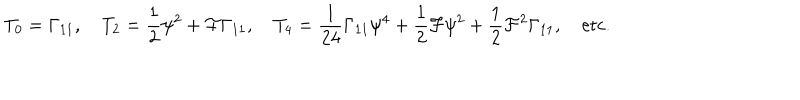
T _ { 0 } = \Gamma _ { 1 1 } , \quad T _ { 2 } = { \frac { 1 } { 2 } } \psi ^ { 2 } + { \cal F } \Gamma _ { 1 1 } , \quad T _ { 4 } = { \frac { 1 } { 2 4 } } \Gamma _ { 1 1 } \psi ^ { 4 } + { \frac { 1 } { 2 } } { \cal F } \psi ^ { 2 } + { \frac { 1 } { 2 } } { \cal F } ^ { 2 } \Gamma _ { 1 1 } , \quad \mathrm { e t c . }